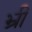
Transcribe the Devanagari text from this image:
भ्रीं